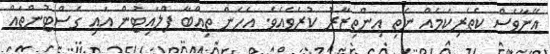
އޭނާވެސް ކެތެރިކަމެއް ނެތި އިންތިޒާރު ކުރެވެއެވެ. އެހެން ތިއްބާ ފްލައިޓުން އައި ގެސްޓުންތައް